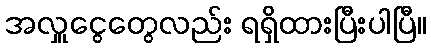
အလှူငွေတွေလည်း ရရှိထားပြီးပါပြီ။